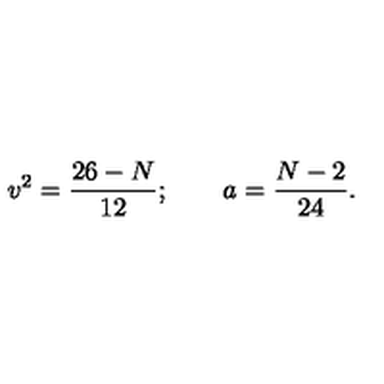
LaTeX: v ^ { 2 } = \frac { 2 6 - N } { 1 2 } ; \qquad a = \frac { N - 2 } { 2 4 } .